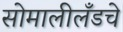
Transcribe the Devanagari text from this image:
सोमालीलँडचे